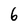
Character: 6